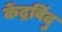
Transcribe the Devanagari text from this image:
केंद्रविंदु